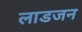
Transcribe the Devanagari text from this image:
लाडजन